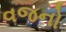
વજનો